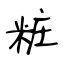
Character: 粧